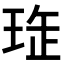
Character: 𤥖